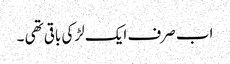
اب صرف ایک لڑکی باقی تھی ۔